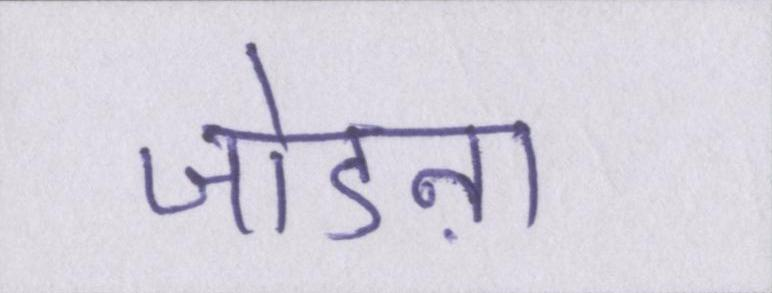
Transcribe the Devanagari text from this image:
जोडऩा